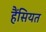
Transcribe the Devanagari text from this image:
हैंसियत